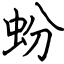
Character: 蚡